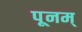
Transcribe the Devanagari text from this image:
पूनम्